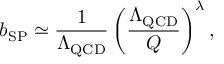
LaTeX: b _ { \mathrm { S P } } \simeq \frac { 1 } { \Lambda _ { \mathrm { Q C D } } } \left( \frac { \Lambda _ { \mathrm { Q C D } } } { Q } \right) ^ { \lambda } ,